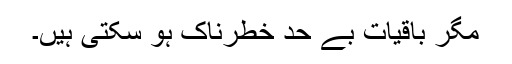
مگر باقیات بے حد خطرناک ہو سکتی ہیں۔